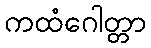
ကထံဂေါတ္တာ